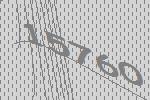
15760